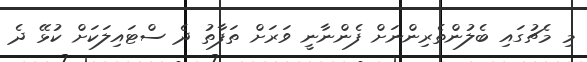
މި މެޗުގައި ބެލުންތެރިންނަށް ފެންނާނީ ވަރަށް ތަފާތު ދެ ސްޓައިލަކަށް ކުޅޭ ދެ